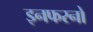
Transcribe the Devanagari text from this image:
इनफरनो